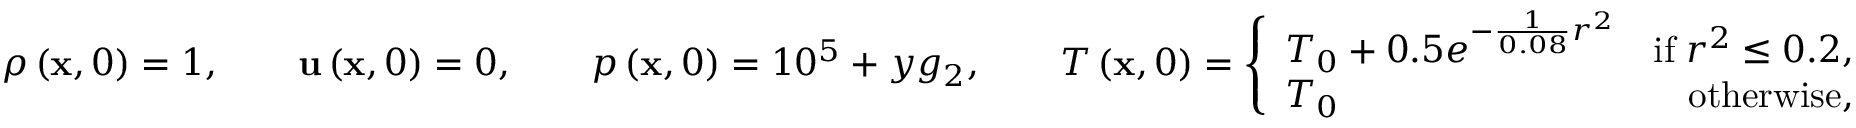
\rho \left( \mathbf { x } , 0 \right) = 1 , \qquad \mathbf { u } \left( \mathbf { x } , 0 \right) = 0 , \qquad p \left( \mathbf { x } , 0 \right) = 1 0 ^ { 5 } + y g _ { 2 } , \qquad T \left( \mathbf { x } , 0 \right) = \left\lbrace \begin{array} { l r } { T _ { 0 } + 0 . 5 e ^ { - \frac { 1 } { 0 . 0 8 } r ^ { 2 } } } & { \mathrm { i f } \; r ^ { 2 } \le 0 . 2 , } \\ { T _ { 0 } } & { \mathrm { o t h e r w i s e } , } \end{array} \right.